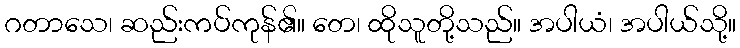
ဂတာသေ၊ ဆည်းကပ်ကုန်၏။ တေ၊ ထိုသူတို့သည်။ အပါယံ၊ အပါယ်သို့။